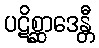
ပဋိစ္ဆာဒေန္တီ